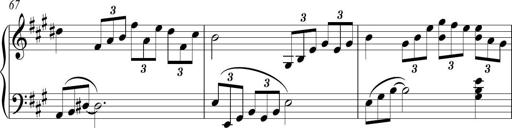
Title: Piano Sonatina in A major
Composer: Z Q Sysmoebius
Key: A major